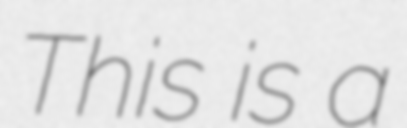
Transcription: This is a